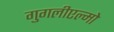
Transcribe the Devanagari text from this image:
गुगलीएल्मो